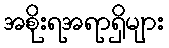
အစိုးရအရာရှိများ